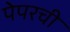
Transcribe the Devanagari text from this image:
पेपरची